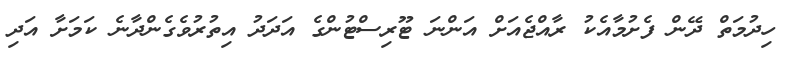
ހިދުމަތް ދޭން ފެށުމާއެކު ރާއްޖެއަށް އަންނަ ޓޫރިސްޓުންގެ އަދަދު އިތުރުވެގެންދާނެ ކަމަށާ އަދި